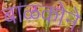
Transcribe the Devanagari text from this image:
बाळकोने